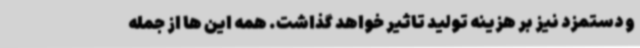
و دستمزد نیز بر هزینه تولید تاثیر خواهد گذاشت. همه این ها از جمله